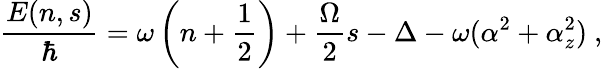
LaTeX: \frac{E(n,s)}{\hbar}=\omega\left(n+\frac{1}{2}\right)+\frac{\Omega}{2}s-\Delta-\omega(\alpha^{2}+\alpha_{z}^{2})\ ,